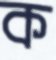
ক